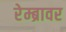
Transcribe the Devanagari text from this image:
रेम्ब्रावर